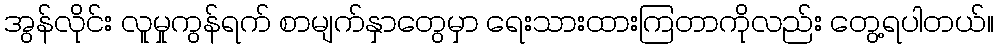
အွန်လိုင်း လူမှုကွန်ရက် စာမျက်နှာတွေမှာ ရေးသားထားကြတာကိုလည်း တွေ့ရပါတယ်။